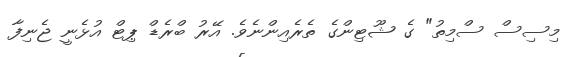
މިސިސް ސްމިތު" ގެ ޝޫޓިންގެ ތެރެއިންނެވެ. އޭރު ބްރެޑް ޕިޓް އުޅެނީ ޖެނިފާ